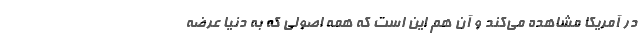
در آمریکا مشاهده می‌کند و آن هم این است که همه اصولی که به دنیا عرضه